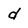
Character: d